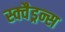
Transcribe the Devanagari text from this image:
स्क्वैड्रन्स